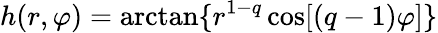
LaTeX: h(r,\varphi)=\arctan\{ r^{1-q}\cos[(q-1)\varphi]\}